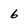
Character: 6